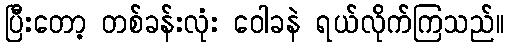
ပြီးတော့ တစ်ခန်းလုံး ဝေါခနဲ ရယ်လိုက်ကြသည်။